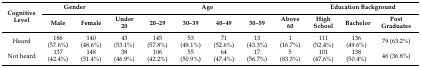
| <ROWSPAN=2> Cognitive Level | <COLSPAN=2> Gender | <COLSPAN=6> Age | <COLSPAN=3> Education Background |
 | Male | Female | Under 20 | 20–29 | 30–39 | 40–49 | 50–59 | Above 60 | High School | Bachelor | Post Graduates |
 | --- | --- | --- | --- | --- | --- | --- | --- | --- | --- | --- | --- |
 | Heard | 186 (57.6%) | 140 (48.6%) | 43 (53.1%) | 145 (57.8%) | 53 (49.1%) | 71 (52.6%) | 13 (43.3%) | 1 (16.7%) | 111 (52.4%) | 136 (49.6%) | 79 (63.2%) |
 | Not heard | 137 (42.4%) | 148 (51.4%) | 38 (46.9%) | 106 (42.2%) | 55 (50.9%) | 64 (47.4%) | 17 (56.7%) | 5 (83.3%) | 101 (47.6%) | 138 (50.4%) | 46 (36.8%) |